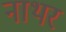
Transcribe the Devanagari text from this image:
नाथर